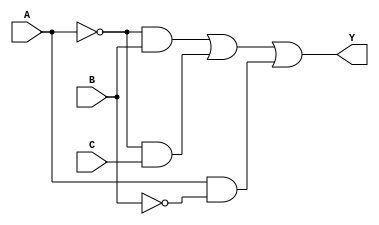
module combinational_logic(
    input wire A,
    input wire B,
    input wire C,
    output wire Y
);

// Implement the simplified logic expression
assign Y = (~A & B) | (~A & C) | (A & ~B);

endmodule